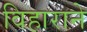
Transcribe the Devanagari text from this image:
विहाराने